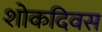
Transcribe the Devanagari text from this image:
शोकदिवस